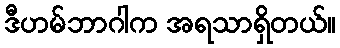
ဒီဟမ်ဘာဂါက အရသာရှိတယ်။